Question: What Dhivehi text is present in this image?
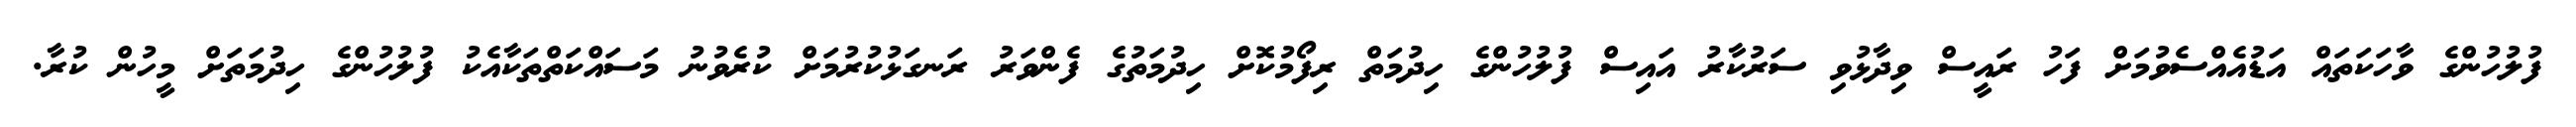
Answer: ފުލުހުންގެ ވާހަކަތައް އަޑުއެއްސެވުމަށް ފަހު ރައީސް ވިދާޅުވި ސަރުކާރު އައިސް ފުލުހުންގެ ހިދުމަތް ރިފޯމުކޮށް ހިދުމަތުގެ ފެންވަރު ރަނގަޅުކުރުމަށް ކުރެވުނު މަސައްކަތްތަކާއެކު ފުލުހުންގެ ހިދުމަތަށް މީހުން ކުރާ.